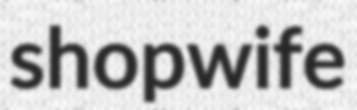
shopwife